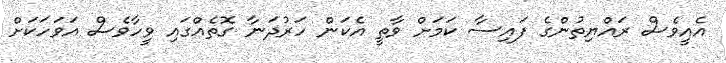
އެއީވެސް ރައްޔިތުންގެ ފައިސާ ކަމަށް ވާތީ އެކަން ހަރުދަނާ ގޮތެއްގައި ވީހާވެސް އަވަހަކަށް